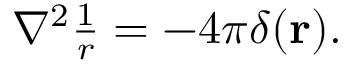
\begin{array} { r } { \nabla ^ { 2 } \frac { 1 } { r } = - 4 \pi \delta ( { \mathbf r } ) . } \end{array}